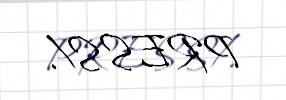
PRESS/.